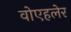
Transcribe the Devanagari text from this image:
वोएहलेर